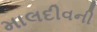
માલદીવની